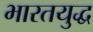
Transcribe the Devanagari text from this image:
भारतयुद्ध